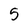
Character: 5